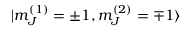
| m _ { J } ^ { ( 1 ) } = \pm 1 , m _ { J } ^ { ( 2 ) } = \mp 1 \rangle